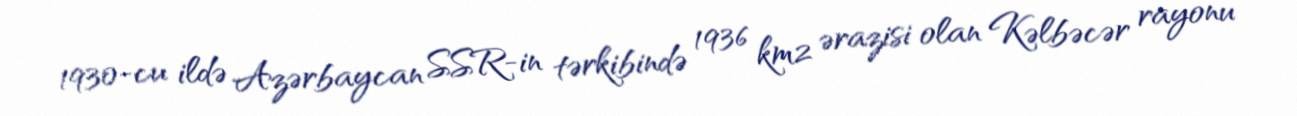
1930-cu ildə Azərbaycan SSR-in tərkibində 1936 km2 ərazisi olan Kəlbəcər rayonu